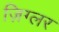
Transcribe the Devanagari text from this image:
ज़िग्लर